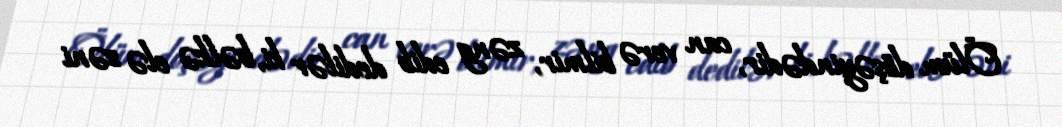
Ölüm döşəyindədir, can verə bilmir, zəng edib dedilər ki, bəlkə elə səni